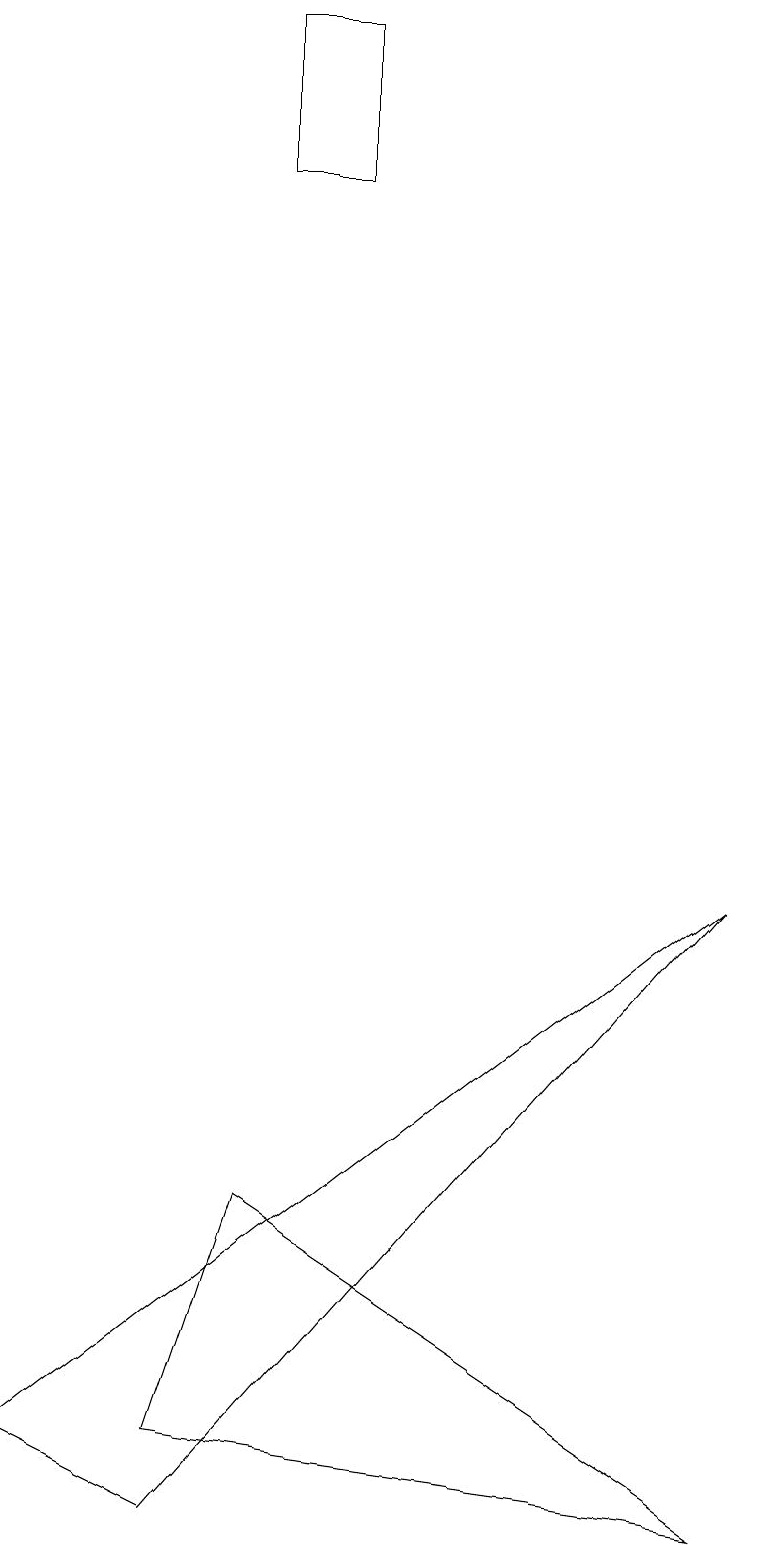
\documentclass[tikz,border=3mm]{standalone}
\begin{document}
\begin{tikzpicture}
\draw (9,0) -- (2,1) -- (3,4) -- cycle;
\draw (3,19) rectangle (4,17);
\draw (0,1) -- (2,0) -- (9,8) -- cycle;
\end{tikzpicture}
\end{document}